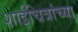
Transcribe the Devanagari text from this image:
शाईचित्रांच्या